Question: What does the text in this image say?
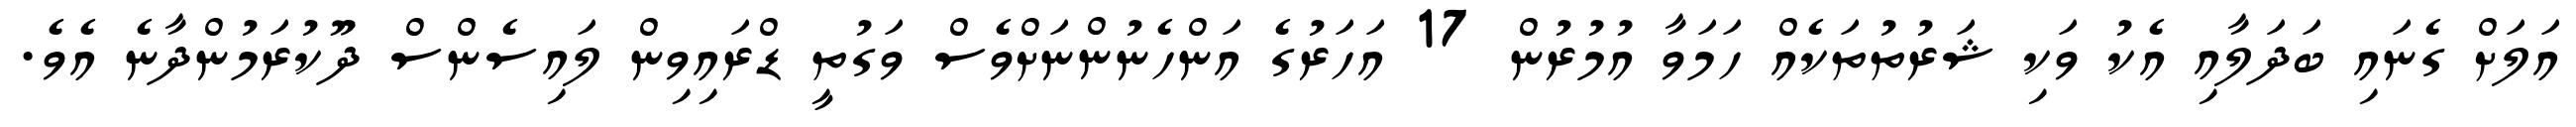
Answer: އަލަށް ގެނައި ބަދަލާއި އެކު ވަކި ޝަރުތުތަކެއް ހަމަވާ އުމުރުން 17 އަހަރުގެ އަންހެނުންނަށްވެސް ވަގުތީ ޑްރައިވިން ލައިސެންސް ދޫކުރަމުންދާނެ އެވެ.